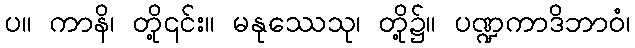
ပ။ ကာနိ၊ တို့၎င်း။ မနုဿေသု၊ တို့၌။ ပဏ္ဍကာဒိဘာဝံ၊